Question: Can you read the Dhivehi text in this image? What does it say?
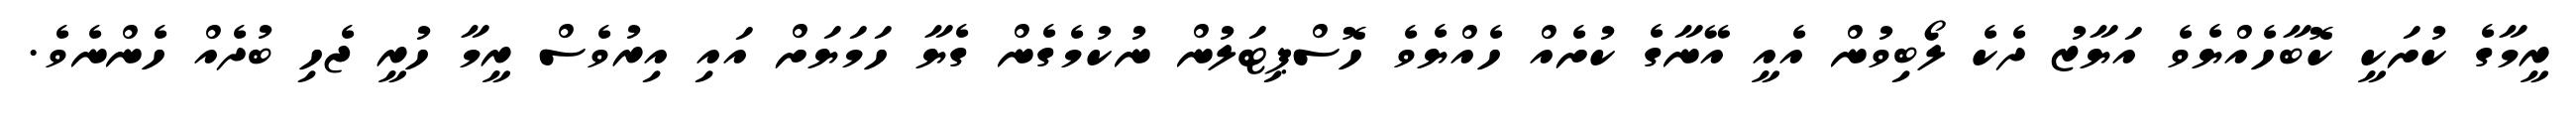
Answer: ރީމާގެ ކުށަކީ ކޮބާހެއްޔެވެ އަޔާޒު ދެކެ ލޯބިވުން އެއީ އޭނާގެ ކުށެއް ހެއްޔެވެ ހޮސްޕިޓަލުން ނުކުމެގެން ގެޔާ ހަމަޔަށް އައި އިރުވެސް ރީމާ ހުރީ ޖެހި ބުދެއް ހެންނެވެ.